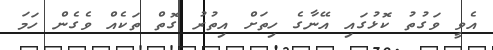
އެވީ ވަގުތު ކޮޅުގައި އޭނާގެ ހިތަށް އިތުރު ގޮތް ތަކެއް ވެގެން ހަމަ